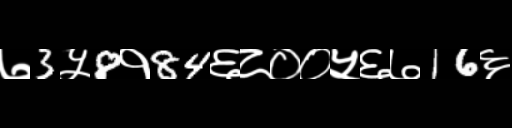
Text: ७3५8१84६८००५६७16६